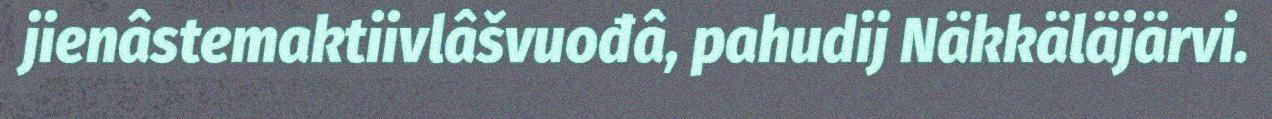
jienâstemaktiivlâšvuođâ, pahudij Näkkäläjärvi.